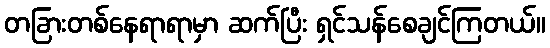
တခြားတစ်နေရာရာမှာ ဆက်ပြီး ရှင်သန်စေချင်ကြတယ်။